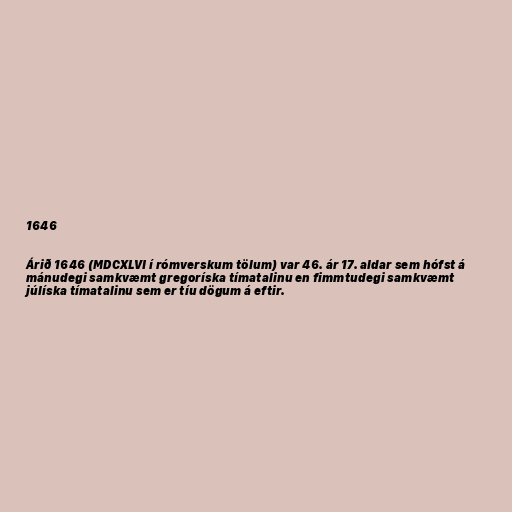
1646

Árið 1646 (MDCXLVI í rómverskum tölum) var 46. ár 17. aldar sem hófst á
mánudegi samkvæmt gregoríska tímatalinu en fimmtudegi samkvæmt
júlíska tímatalinu sem er tíu dögum á eftir.